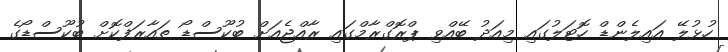
ހުޅުލޭ އައިލެންޑް ހޮޓަލުގައި މިއަދު ބޭއްވި ޕްރޮގްރާމްގައި ރާއްޖެއަށް ބުކޫސްޑޯ ތައާރަފްކޮށް ބުކޫސްޑޯގެ